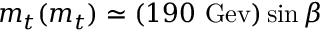
m _ { t } ( m _ { t } ) \simeq ( 1 9 0 \ \mathrm { G e v } ) \sin \beta